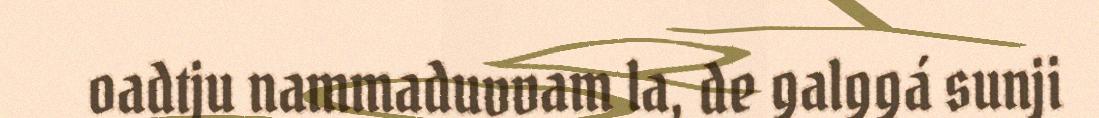
oadtju nammaduvvam la, de galggá sunji